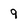
Character: 9